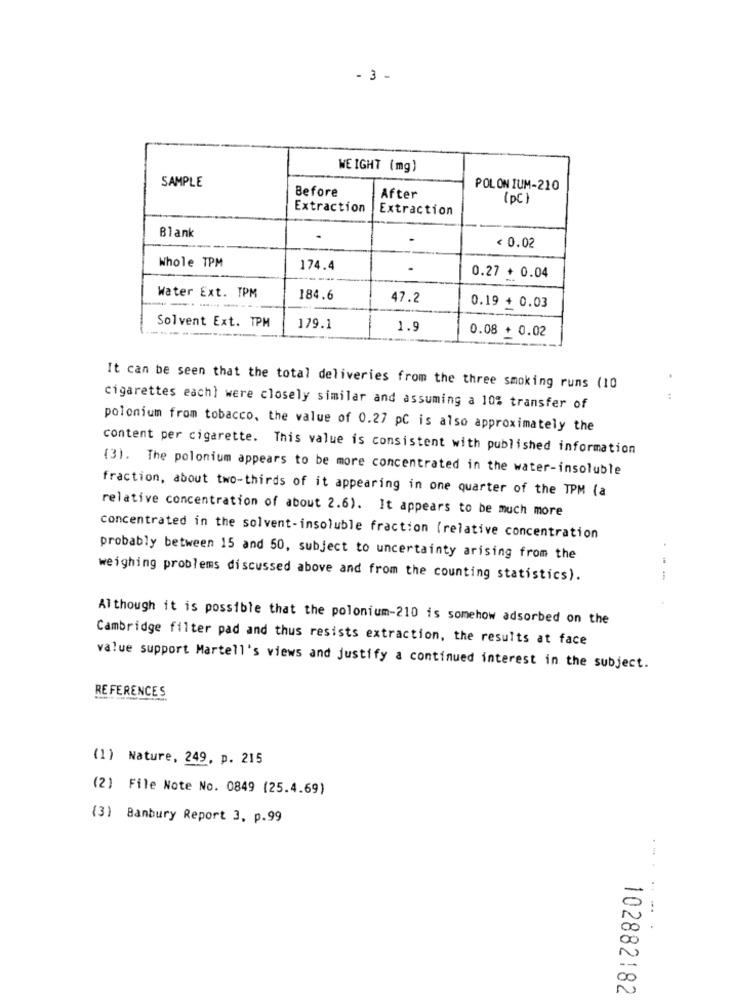
- 3 -
WEIGHT (mg)
SAMPLE
Before
POLON IUM-210
After
( PC )
Extraction
Extraction
Blank
< 0.02
Whole TPM
174.4
0.27 + 0.04
Water Ext. TPM
184.6
47.2
0.19 + 0.03
Solvent Ext. TPM
179.1
1.9
0.08 + 0.02
It can be seen that the total deliveries from the three smoking runs (10
cigarettes each} were closely similar and assuming a 10% transfer of
polonium from tobacco, the value of 0.27 pC is also approximately the
content per cigarette. This value is consistent with published information
(3). The polonium appears to be more concentrated in the water-insoluble
fraction, about two-thirds of it appearing in one quarter of the TPM (a
relative concentration of about 2.6). It appears to be much more
Concentrated in the solvent-insoluble fraction (relative concentration
probably between 15 and 50, subject to uncertainty arising from the
weighing problems discussed above and from the counting statistics).
Although it is possible that the polonium-210 is somehow adsorbed on the
Cambridge filter pad and thus resists extraction, the results at face
value support Martell's views and justify a continued interest in the subject.
REFERENCES
(1) Nature, 249, p. 215
(2) File Note No. 0849 (25.4.69)
(3) Banbury Report 3, p.99
102882182